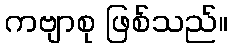
ကဗျာစု ဖြစ်သည်။